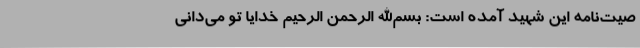
صیت‌نامه این شهید آمده است: بسم‌الله الرحمن الرحیم خدایا تو می‌دانی